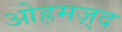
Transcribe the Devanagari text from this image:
ओह्रमज़्द